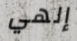
إلهي